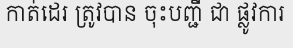
កាត់ដេរ ត្រូវបាន ចុះបញ្ជី ជា ផ្លូវការ